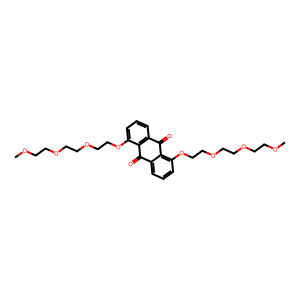
SMILES: COCCOCCOCCOc1cccc2c1C(=O)c1cccc(OCCOCCOCCOC)c1C2=O
Inhibits HIV replication: No